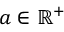
a \in \mathbb { R } ^ { + }